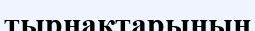
тырнақтарының